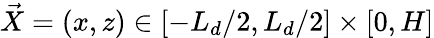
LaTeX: \vec{X}=(x,z)\in[-L_{d}/2,L_{d}/2]\times[0,H]